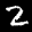
Label: 2